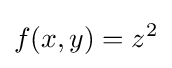
f(x,y)=z^{2}